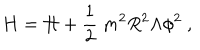
H = { \cal H } + \frac { 1 } { 2 } \ m ^ { 2 } R ^ { 2 } \Lambda \phi ^ { 2 } \ ,